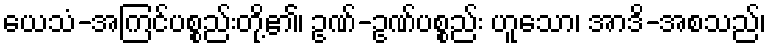
ယေသံ-အကြင်ပစ္စည်းတို့၏၊ ဥဏ်-ဥဏ်ပစ္စည်း ဟူသော၊ အာဒိ-အစသည်၊